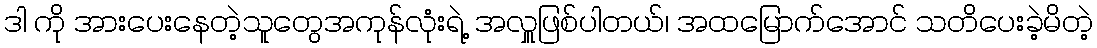
ဒါ ကို အားပေးနေတဲ့သူတွေအကုန်လုံးရဲ့ အလှူဖြစ်ပါတယ်၊ အထမြောက်အောင် သတိပေးခဲ့မိတဲ့